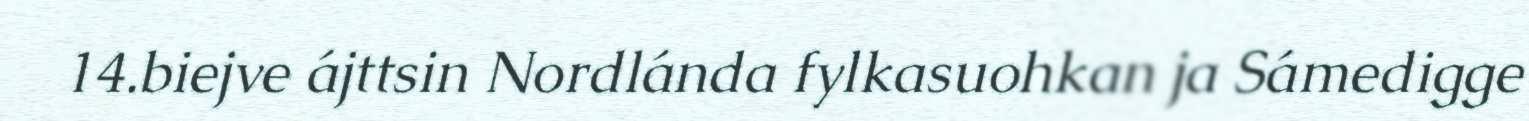
14.biejve ájttsin Nordlánda fylkasuohkan ja Sámedigge